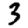
Digit: 3